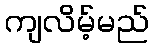
ကျလိမ့်မည်